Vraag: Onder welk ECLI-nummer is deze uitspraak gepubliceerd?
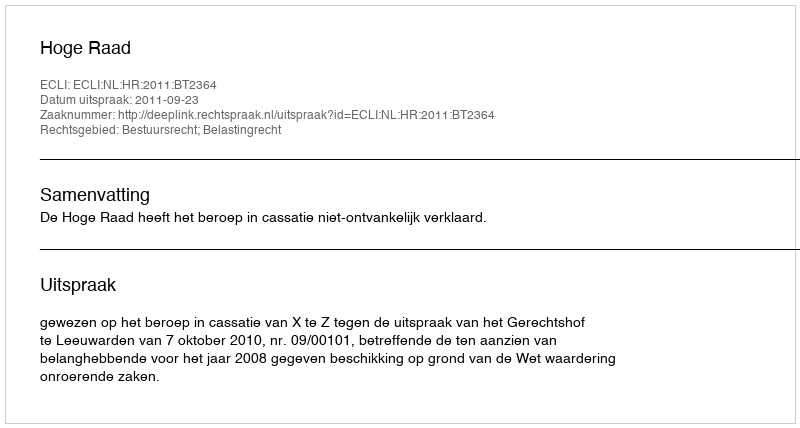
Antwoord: ECLI:NL:HR:2011:BT2364